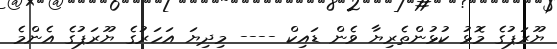
ޔޫރަޕުގެ މޮޅު ކުޅުންތެރިޔާ ވެން ޑައިކް ---- މިދިޔަ އަހަރުގެ ޔޫރަޕުގެ އެންމެ